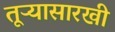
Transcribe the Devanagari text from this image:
तूऱ्यासारखी